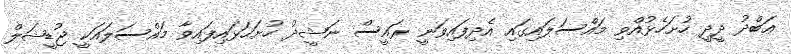
ޢަބްދު ދީދީ ހުށަހެޅުއްވި މައްސަލައިގައި އެދިފައިވަނީ ރައީސް ނަޝީދު ހުށަހަޅައިފައިވާ މައްސަލައަކީ ޖުޑީޝަލް